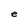
Character: e